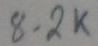
Text: 8.2K